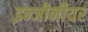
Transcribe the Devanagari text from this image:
इन्जीनीयर